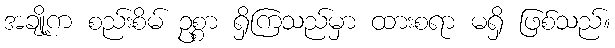
အချို့က စည်းစိမ် ဥစ္စာ ရှိကြသည်မှာ ထားစရာ မရှိ ဖြစ်သည်။